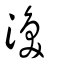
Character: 渙